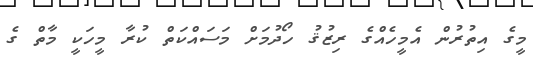
މީގެ އިތުރުން އެމީހެއްގެ ރިޒުޤު ހޯދުމަށް މަސައްކަތް ކުރާ މީހަކީ މާތް ގެ